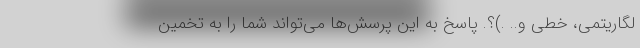
لگاریتمی، خطی و.. .)؟. پاسخ به این پرسش‌ها می‌تواند شما را به تخمین